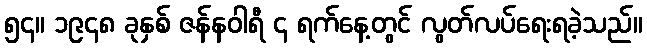
၅၄။ ၁၉၄၈ ခုနှစ် ဇန်နဝါရီ ၄ ရက်နေ့တွင် လွတ်လပ်ရေးရခဲ့သည်။